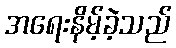
အရေးနိမ့်ခဲ့သည်